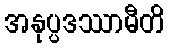
အနုပ္ပဒဿာမီတိ